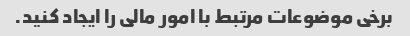
برخی موضوعات مرتبط با امور مالی را ایجاد کنید.